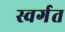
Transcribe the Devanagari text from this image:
स्वर्गत